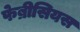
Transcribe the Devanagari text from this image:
फेब्रीसियस